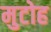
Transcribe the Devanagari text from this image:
मुटोह